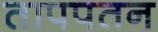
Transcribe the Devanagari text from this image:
तापपतन